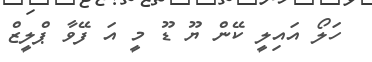
ހަލޯ އައިލީ ކޭން ޔޫ ޑޫ މީ އަ ފޭވާ ޕްލީޒް